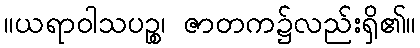
။ယရာဝါသပဉ္စ၊ ဇာတက၌လည်းရှိ၏။